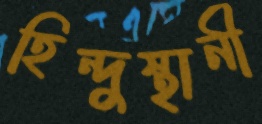
হিন্দুস্থানী